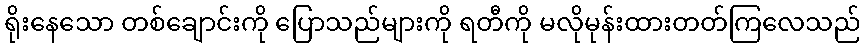
ရိုးနေသော တစ်ချောင်းကို ပြောသည်များကို ရတီကို မလိုမုန်းထားတတ်ကြလေသည်